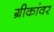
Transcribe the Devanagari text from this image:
ग्रीकांवर